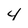
Character: 4